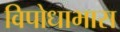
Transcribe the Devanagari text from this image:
विपोधाभास